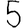
Digit: 5